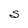
Character: S